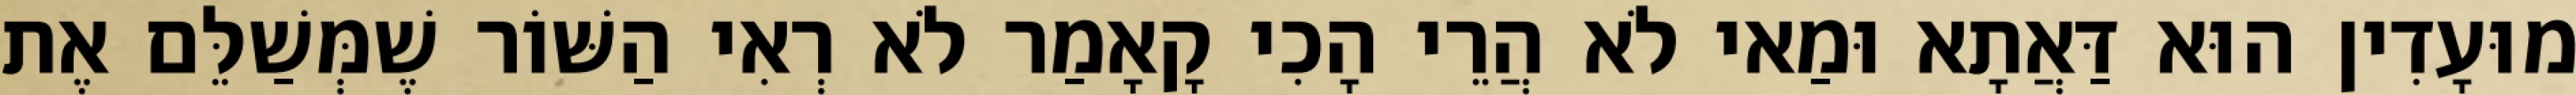
מוּעָדִין הוּא דַּאֲתָא וּמַאי לֹא הֲרֵי הָכִי קָאָמַר לֹא רְאִי הַשּׁוֹר שֶׁמְּשַׁלֵּם אֶת